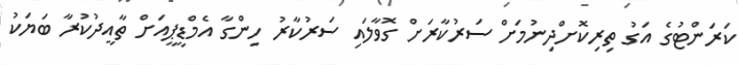
ކަރަންޓުގެ އަގު ތިރިކޮށްދިނުމަށް ސަރުކާރަށް ގޮވާލައި ސަރުކާރު ހިންގާ އެމްޑީޕީއަށް ތާއީދުކުރާ ބަޔަކު